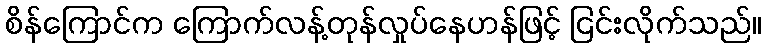
စိန်ကြောင်က ကြောက်လန့်တုန်လှုပ်နေဟန်ဖြင့် ငြင်းလိုက်သည်။